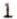
1